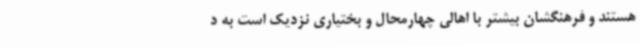
هستند و فرهنگشان بیشتر با اهالی چهارمحال و بختیاری نزدیک است به د